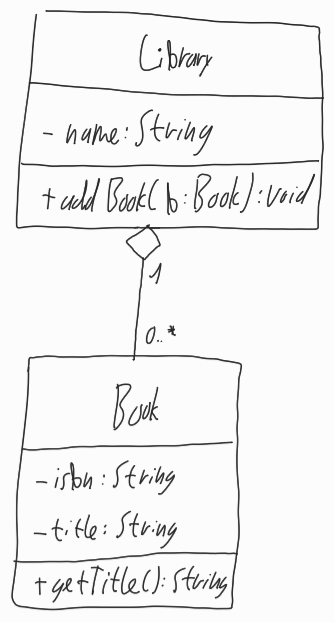
Diagram type: class_diagram
```plantuml
@startuml

class Library {
  - name: String
  + addBook(b: Book): void
}

class Book {
  - isbn: String
  - title: String
  + getTitle(): String
}

Library "1" o-- "0..*" Book

@enduml
```